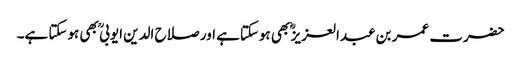
حضرت عمر بن عبدالعزیز ؓ بھی ہوسکتاہے اور صلاح الدین ایوبی ؒ بھی ہوسکتا ہے۔